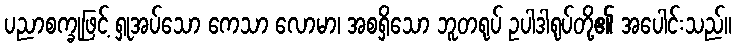
ပညာစက္ခုဖြင့် ရှုအပ်သော ကေသာ လောမာ၊ အစရှိသော ဘူတရုပ် ဥပါဒါရုပ်တို့၏ အပေါင်းသည်။